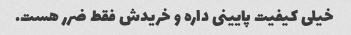
خیلی کیفیت پایینی داره و خریدش فقط ضرر هست.